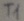
Text: T1